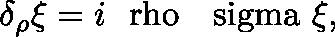
\delta _ { \rho } \xi = i \mathrm { \boldmath ~ \ r h o ~ } \mathrm { \boldmath ~ \ s i g m a ~ } \xi ,